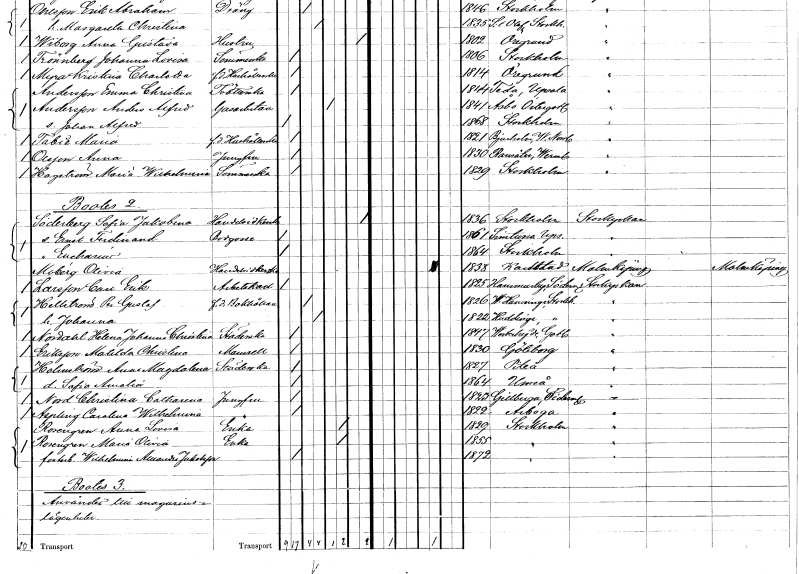
gt_parse: households: individuals: FN: Anna
EN: Olsson
YRKE: Jungfru
KON: K
CIV: O
FODAR: 1830
FODFORS: Ransäter Värmlands län
FN: Maria Wilhelmina
EN: Hagström
YRKE: Sömmerska
KON: K
CIV: O
FODAR: 1829
FODFORS: Stockholm
FN: Sofia Jakobina
EN: Söderberg
YRKE: Handelsidkerska
KON: K
CIV: X
FODAR: 1836
FODFORS: Stockholm
FN: Ernst Ferdinand
YRKE: Bodgosse
KON: M
CIV: O
FODAR: 1861
FODFORS: Simtuna Uppsala län
FN: Encharius
KON: M
CIV: O
FODAR: 1864
FODFORS: Stockholm
FN: Olivia
EN: Moberg
YRKE: Handelsidkerska
KON: K
CIV: E
FODAR: 1838
FODFORS: Karlstad Värmlands län
FN: Carl Erik
EN: Larsson
YRKE: Arbetskarl
KON: M
CIV: O
FODAR: 1825
FODFORS: Hammarby Södermanlands län
FN: Per Gustaf
EN: Hellström
YRKE: Bokhållare f.d.
KON: M
CIV: G
FODAR: 1826
FODFORS: Västerhaninge Stockholms län
FN: Johanna
KON: K
CIV: G
FODAR: 1822
FODFORS: Huddinge Stockholms län
FN: Helena Johanna Christina
EN: Nordahl
YRKE: Städerska
KON: K
CIV: O
FODAR: 1847
FODFORS: Västertälje Stockholms län
FN: Matilda Christina
EN: Eriksson
KON: K
CIV: O
FODAR: 1830
FODFORS: Göteborg Göteborgs- och Bohuslän
FN: Anna Magdalena
EN: Holmström
YRKE: Städerska
KON: K
CIV: O
FODAR: 1827
FODFORS: Piteå Norrbottens län
FN: Sofia Amalia
KON: K
CIV: O
FODAR: 1864
FODFORS: Umeå Västerbottens län
FN: Christina Catharina
EN: Nord
YRKE: Jungfru
KON: K
CIV: O
FODAR: 1823
FODFORS: Gillberga Södermanlands län
FN: Carolina Wilhelmina
EN: Aspling
YRKE: Jungfru
KON: K
CIV: O
FODAR: 1822
FODFORS: Arboga Västmanlands län
FN: Anna Lovisa
EN: Rosengren
YRKE: Änka
KON: K
CIV: E
FODAR: 1829
FODFORS: Stockholm
FN: Maria Olivia
EN: Rosengren
YRKE: Änka
KON: K
CIV: E
FODAR: 1855
FODFORS: Stockholm
FN: Wilhelmina Amanda
EN: Jakobson
KON: K
CIV: O
FODAR: 1872
FODFORS: Stockholm